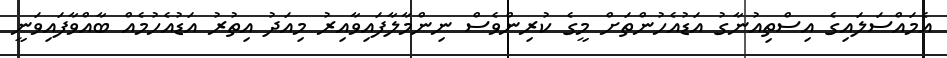
އެމައްސަލައިގެ އިސްތިއުނާގު އަޑުއެހުންތަށް މީގެ ކުރިންވެސް ނިންމާލާފައިވާއިރު މިއަދު އިތުރު އަޑުއެހުމެއް ބާއްވާފައިވަނީ